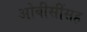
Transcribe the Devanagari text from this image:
ओबीसींसह